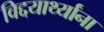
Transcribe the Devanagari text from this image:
विद्दयार्थ्यांना